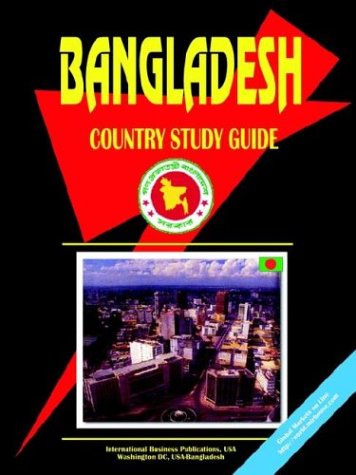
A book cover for Bangladesh Country Study Guide; Ibp Usa; Travel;